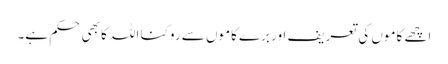
اچھے کاموں کی تعریف اور برے کاموں سے روکنا اللہ کا بھی حکم ہے۔